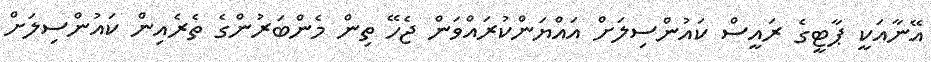
އޭނާއަކީ ޕާޓީގެ ރައީސް ކައުންސިލަށް އައްޔަންކުރައްވަން ޖެހޭ ތިން މެންބަރުންގެ ތެރެއިން ކައުންސިލަށް